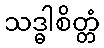
သဒ္ဓါစိတ္တံ